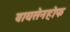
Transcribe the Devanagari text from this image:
वायसेनहोफ